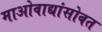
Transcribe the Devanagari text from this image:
माओवाद्यांसोबत